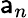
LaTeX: \mathsf{a}_{n}